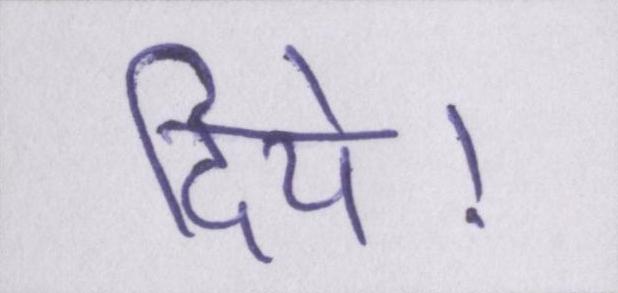
दिये।